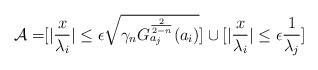
LaTeX: \begin{align*}\mathcal{A}= &[\vert \frac{x}{\lambda_{i}}\vert \leq \epsilon\sqrt{\gamma_{n}G^{\frac{2}{2-n}}_{ a _{j}}( a _{i})}]\cup[\vert \frac{x}{\lambda_{i}}\vert \leq \epsilon \frac{1}{\lambda_{j}} ]\end{align*}